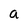
Character: a